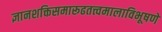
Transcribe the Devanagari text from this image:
ज्ञानशक्तिसमारूढतत्त्वमालाविभूषणे